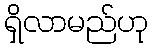
ရှိလာမည်ဟု